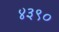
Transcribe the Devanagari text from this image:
४३९०